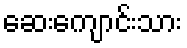
ဆေးကျောင်းသား